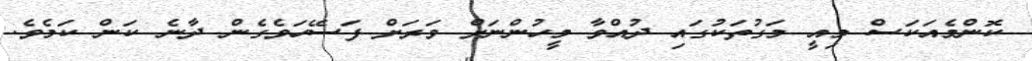
ކޮންމެއަކަސް މިއީ މަގުތަކުގައި ދުއްވާ މީހުންނަށް ވަރަށް ފަސޭހަވެގެން ދާނެ ކަން ކަމެވެ.